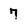
Character: 7